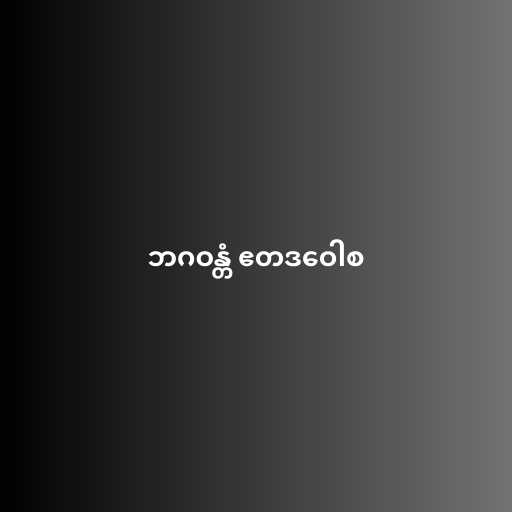
ဘဂဝန္တံ ဧတဒဝေါစ